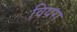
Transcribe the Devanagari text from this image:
वियरा